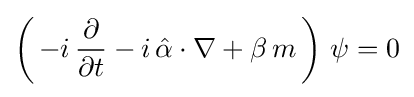
\left(\,-i\,{\frac {\partial }{\partial t}}-i\,{\hat {\alpha }}\cdot \nabla +\beta \,m\,\right)\,\psi =0